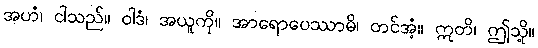
အဟံ၊ ငါသည်။ ဝါဒံ၊ အယူကို။ အာရောပေဿာမိ၊ တင်အံ့။ ဣတိ၊ ဤသို့။